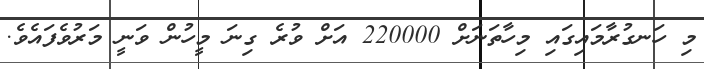
މި ހަނގުރާމައިގައި މިހާތަނަށް 220000 އަށް ވުރެ ގިނަ މީހުން ވަނީ މަރުވެފައެވެ.